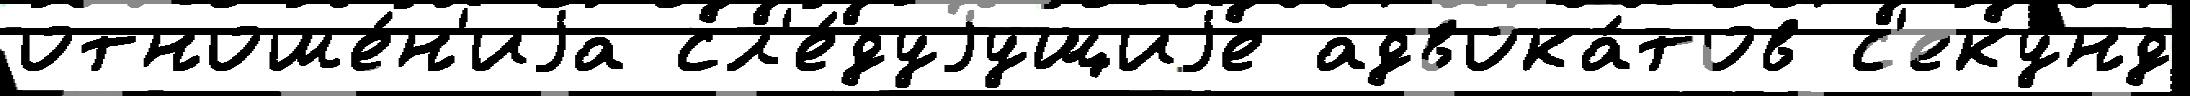
отноше́н'иjа сл'е́дуjущиjе адвока́тов с'еку́нд